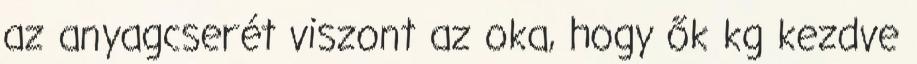
az anyagcserét viszont az oka, hogy ők kg kezdve